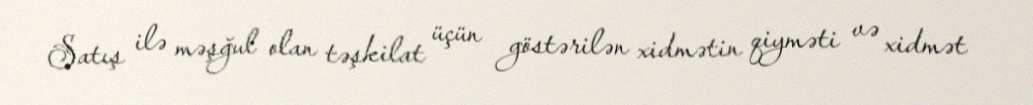
Satış ilə məşğul olan təşkilat üçün göstərilən xidmətin qiyməti və xidmət